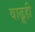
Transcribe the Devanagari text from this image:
वाढूही